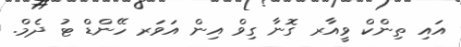
އައި ތިންކް ވީއާރ ގޮނާ ގިވް އިން އަވަރ ހޭންޑް ޓު ދެމް.